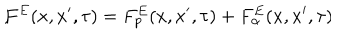
LaTeX: F ^ { E } ( x , x ^ { \prime } , \tau ) = F _ { p } ^ { E } ( x , x ^ { \prime } , \tau ) + F _ { \alpha } ^ { E } ( x , x ^ { \prime } , \tau ) \hspace { 1 c m } ,